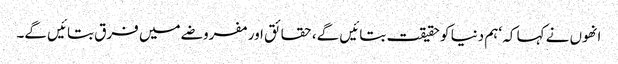
انھوں نے کہا کہ ‘ہم دنیا کو حقیقت بتائیں گے، حقائق اور مفروضے میں فرق بتائیں گے۔